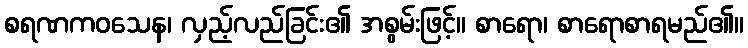
စရဏကဝသေန၊ လှည့်လည်ခြင်း၏ အစွမ်းဖြင့်။ စာရော၊ စာရောစာရမည်၏။